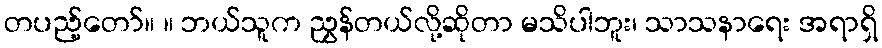
တပည့်တော်။ ။ ဘယ်သူက ညွှန်တယ်လို့ဆိုတာ မသိပါဘူး၊ သာသနာရေး အရာရှိ